65_HS1-834228961_62-HQ-83894_Section_2
Agency: FBI
Page 115
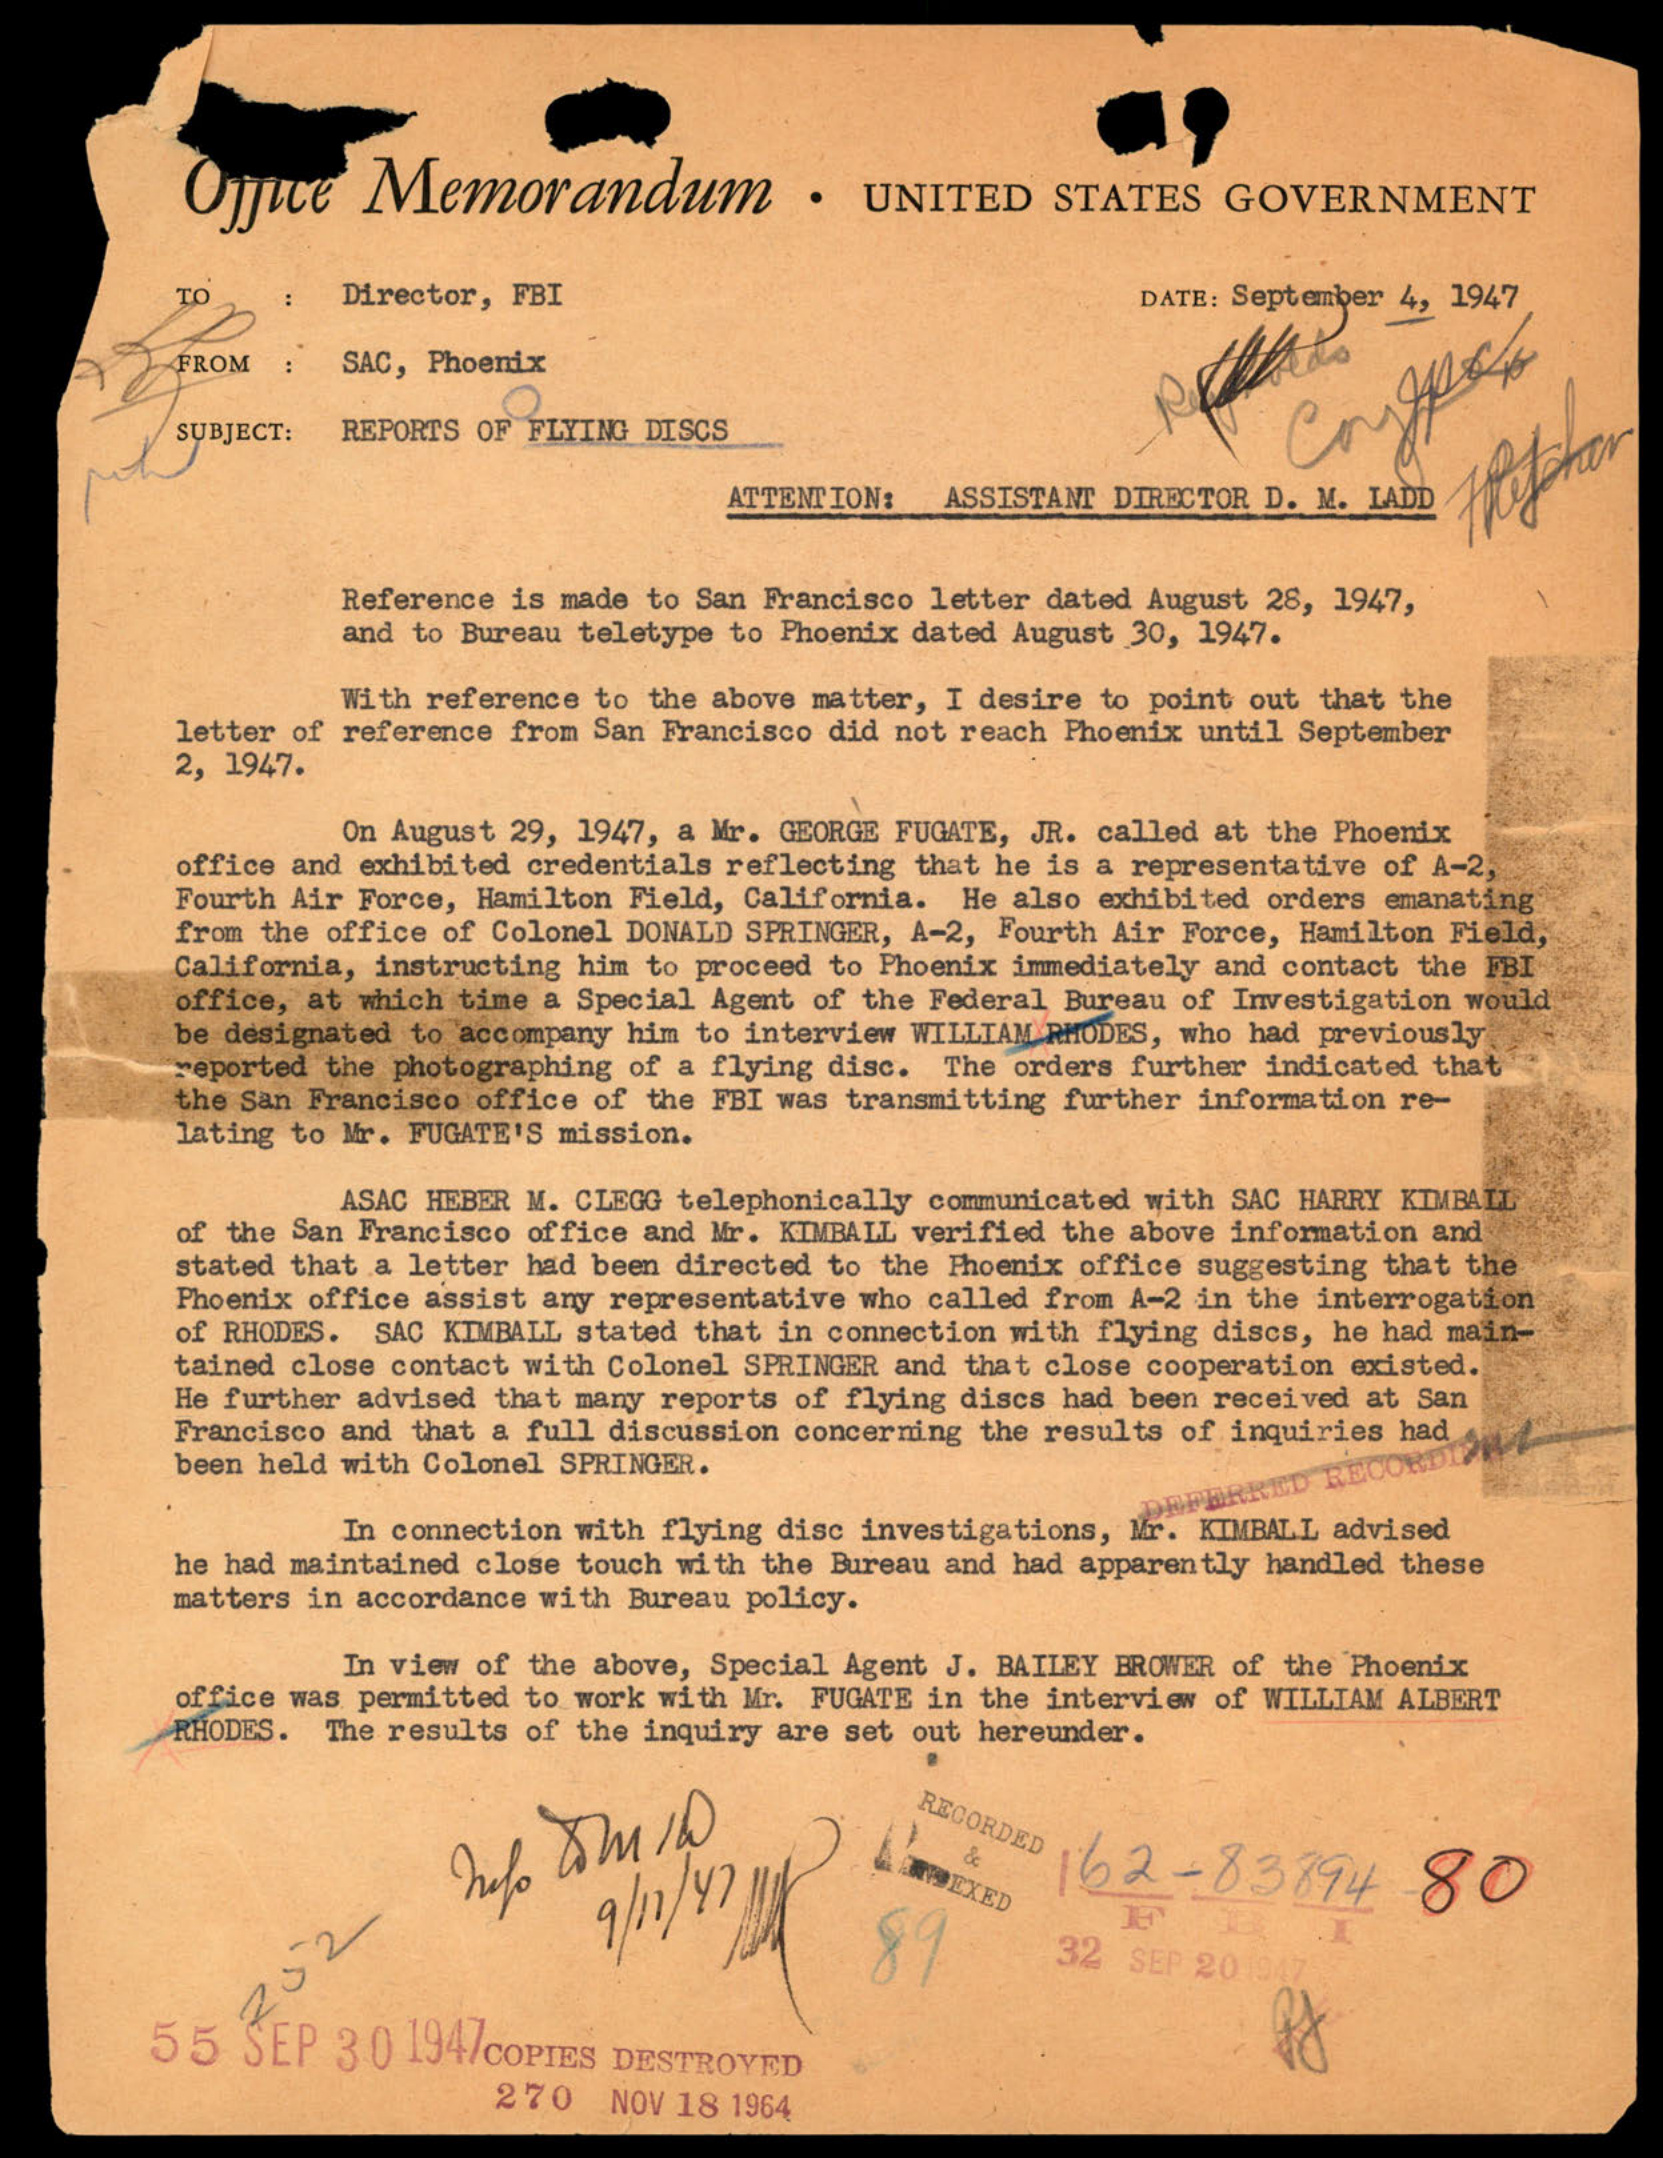